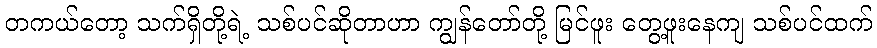
တကယ်တော့ သက်ရှိတို့ရဲ့ သစ်ပင်ဆိုတာဟာ ကျွန်တော်တို့ မြင်ဖူး တွေ့ဖူးနေကျ သစ်ပင်ထက်